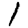
Digit: 1